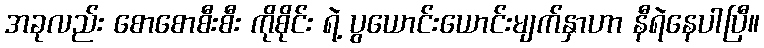
အခုလည်း စောစောစီးစီး ကိုစိုင်း ရဲ့ ပွယောင်းယောင်းမျက်နှာဟာ နီရဲနေပါပြီ။